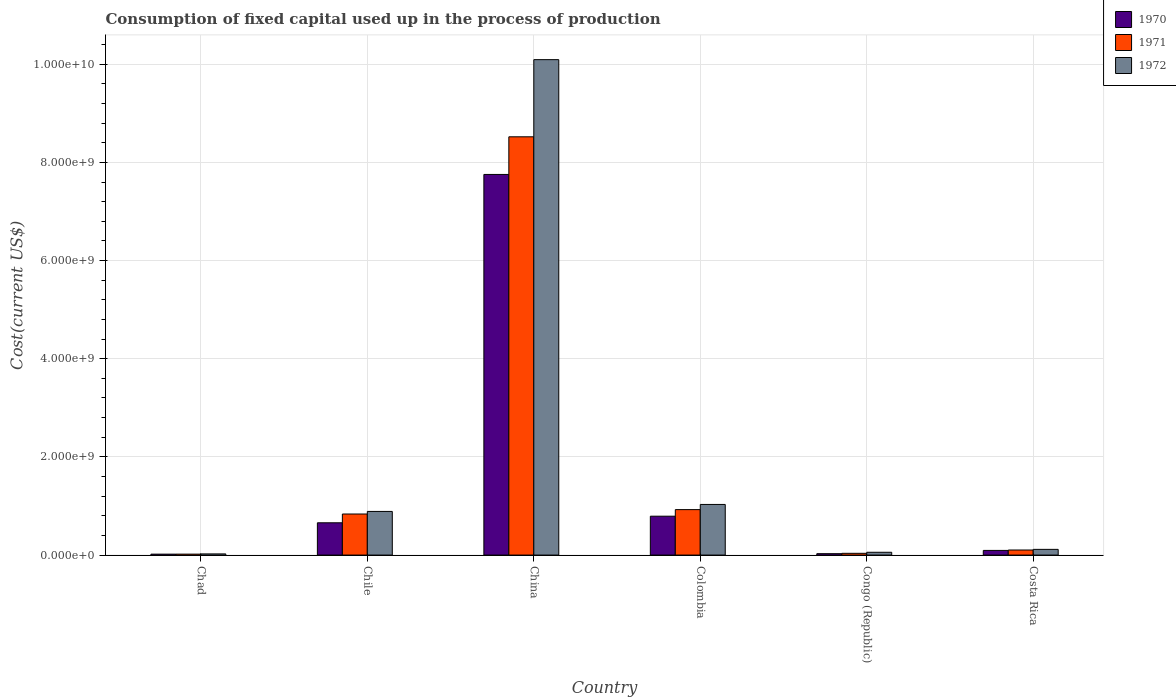
| Country | 1970 | 1971 | 1972 |
 | --- | --- | --- | --- |
 | Chad | 1.87e+07 | 1.92e+07 | 2.37e+07 |
 | Chile | 6.58e+08 | 8.37e+08 | 8.89e+08 |
 | China | 7.75e+09 | 8.52e+09 | 1.01e+10 |
 | Colombia | 7.92e+08 | 9.26e+08 | 1.03e+09 |
 | Congo (Republic) | 2.83e+07 | 3.57e+07 | 5.71e+07 |
 | Costa Rica | 9.49e+07 | 1.03e+08 | 1.16e+08 |